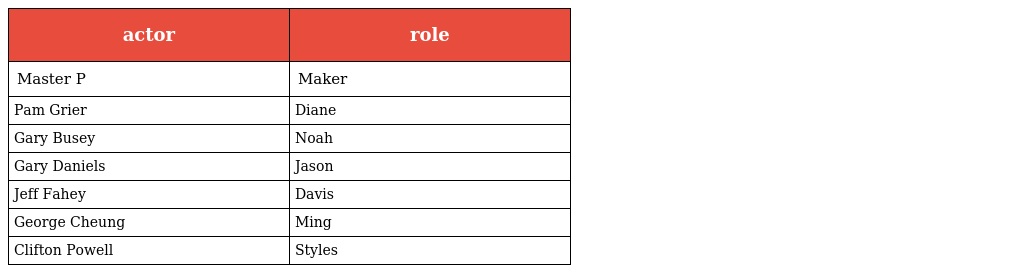
| actor | role |
 | --- | --- |
 | Master P | Maker |
 | Pam Grier | Diane |
 | Gary Busey | Noah |
 | Gary Daniels | Jason |
 | Jeff Fahey | Davis |
 | George Cheung | Ming |
 | Clifton Powell | Styles |